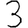
Digit: 3